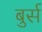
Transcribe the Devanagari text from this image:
बुर्स